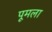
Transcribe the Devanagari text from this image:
पूमला